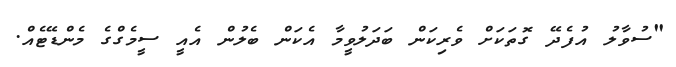
"ސުވާލު އުފެދޭ ގޮތަކަށް ވެރިކަން ބަދަލުވީމާ އެކަން ބެލުން އެއީ ސީމެގްގެ މެންޑޭޓެއް.